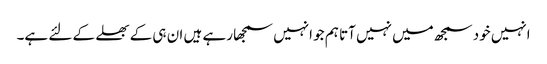
انہیں خود سمجھ میں نہیں آتا ہم جو انہیں سمجھا رہے ہیں ان ہی کے بھلے کے لئے ہے۔